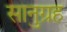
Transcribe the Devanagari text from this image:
सानुग्रह